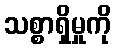
သစ္စာရှိမှုကို